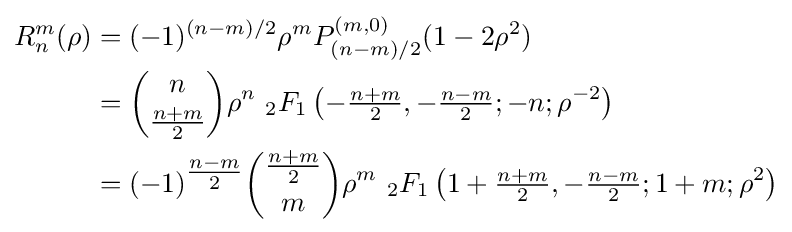
{\begin{aligned}R_{n}^{m}(\rho )&=(-1)^{(n-m)/2}\rho ^{m}P_{(n-m)/2}^{(m,0)}(1-2\rho ^{2})\\&={\binom {n}{\tfrac {n+m}{2}}}\rho ^{n}\ {}_{2}F_{1}\left(-{\tfrac {n+m}{2}},-{\tfrac {n-m}{2}};-n;\rho ^{-2}\right)\\&=(-1)^{\tfrac {n-m}{2}}{\binom {\tfrac {n+m}{2}}{m}}\rho ^{m}\ {}_{2}F_{1}\left(1+{\tfrac {n+m}{2}},-{\tfrac {n-m}{2}};1+m;\rho ^{2}\right)\end{aligned}}